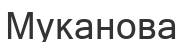
Муканова